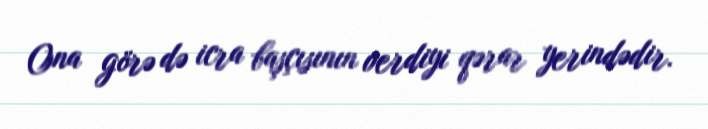
Ona görə də icra başçısının verdiyi qərar yerindədir.